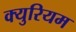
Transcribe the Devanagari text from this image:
क्युरियम